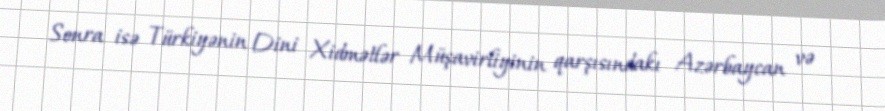
Sonra isə Türkiyənin Dini Xidmətlər Müşavirliyinin qarşısındakı Azərbaycan və